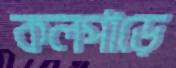
কলপাড়ে